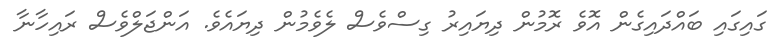
ގައިގައި ބައްދައިގެން އޮވެ ރޮމުން ދިޔައިރު ގިސްވެސް ލެވެމުން ދިޔައެވެ. އަންޖަލްވެސް ރައިހާނާ